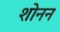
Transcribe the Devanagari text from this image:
शोनन